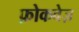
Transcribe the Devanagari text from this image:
फ़ोकवेज़